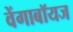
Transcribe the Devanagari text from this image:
वेंगाबॉयज